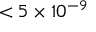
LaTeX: < 5 \times 1 0 ^ { - 9 }